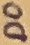
Text: D0